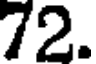
72.